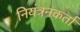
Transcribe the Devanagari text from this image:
नियंत्रनकर्ता